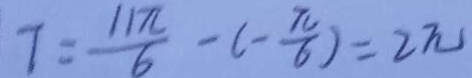
7 = \frac { 1 1 \pi } { 6 } - ( - \frac { \pi } { 6 } ) = 2 \pi